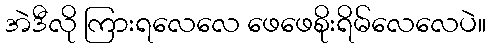
အဲဒီလို ကြားရလေလေ ဖေဖေစိုးရိမ်လေလေပဲ။